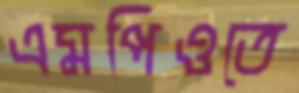
এমপিওতে